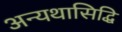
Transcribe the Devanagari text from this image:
अन्यथासिद्धि